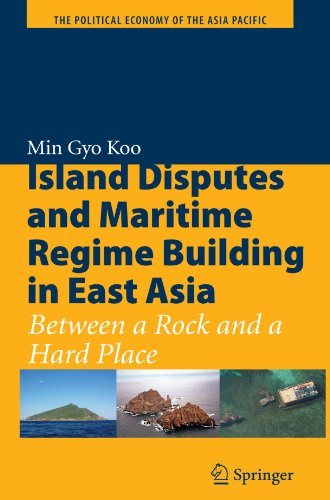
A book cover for Island Disputes and Maritime Regime Building in East Asia: Between a Rock and a Hard Place (The Political Economy of the Asia Pacific); Min Gyo Koo; Business & Money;